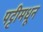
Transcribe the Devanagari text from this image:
पट्टीमधून